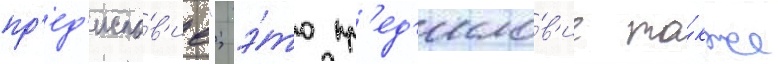
пр'ед'исло́в'ие"; э́то пр'ед'исло́в'ие та́кже